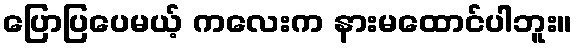
ပြောပြပေမယ့် ကလေးက နားမထောင်ပါဘူး။